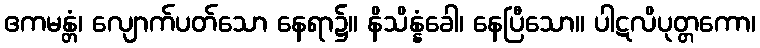
ဧကမန္တံ၊ လျောက်ပတ်သော နေရာ၌။ နိသိန္နံခေါ၊ နေပြီသော။ ပါဋလိပုတ္တကော၊